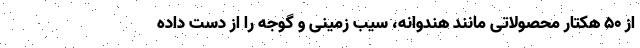
از 50 هکتار محصولاتی مانند هندوانه، سیب زمینی و گوجه را از دست داده